Report of the Indian Hemp Drugs Commission, 1894-1895 - Volume VI
Year: 1894
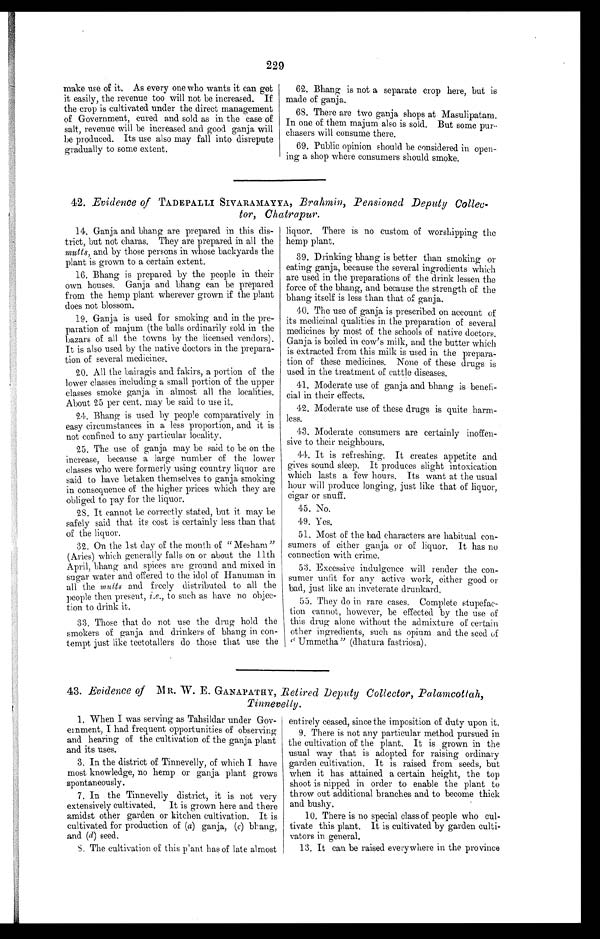
229
make use of it. As every one who wants it can get
it easily, the revenue too will not be increased. If
the crop is cultivated under the direct management
of Government, cured and sold as in the case of
salt, revenue will be increased and good ganja will
be produced. Its use also may fall into disrepute
gradually to some extent.
62. Bhang is not a separate crop here, but is
made of ganja.
68. There are two ganja shops at Masulipatam.
In one of them majum also is sold. But some pun.
chasers will consume there.
69. Public opinion should be considered in open-
ing a shop where consumers should smoke.
42. Evidence of TADEPALLI SIVARAMAYYA, Brahmin, Pensioned Deputy Collec-
tor, Chatrapur.
14. Ganja and bhang are prepared in this dis-
trict, but not charas. They are prepared in all the
mutts, and by those persons in whose backyards the
plant is grown to a certain extent.
16. Bhang is prepared by the people in their
own houses. Ganja and bhang can be prepared
from the hemp plant wherever grown if the plant
does not blossom.
19. Ganja is used for smoking and in the pre-
paration of majum (the balls ordinarily sold in the
bazars of all the towns by the licensed vendors).
It is also used by the native doctors in the prepara-
tion of several medicines.
20. All the bairagis and fakirs, a portion of the
lower classes including a small portion of the upper
classes smoke ganja in almost all the localities.
About 25 per cent. may be said to use it.
24. Bhang is used by people comparatively in
easy circumstances in a less proportion, and it is
not confined to any particular locality.
25. The use of ganja may be said to be on the
increase, because a large number of the lower
classes who were formerly using country liquor are
said to have betaken themselves to ganja smoking
in consequence of the higher prices which they are
obliged to pay for the liquor.
28. It cannot be correctly stated, but it may be
safely said that its cost is certainly less than that
of the liquor.
32. On the 1st day of the month of "Mesham"
(Aries) which generally falls on or about the 11th
April, bhang and spices are ground and mixed in
sugar water and offered to the idol of Hanuman in
all the mutts and freely distributed to all the
people then present, i.e., to such as have no objec-
tion to drink it.
33. Those that do not use the drug hold the
smokers of ganja and drinkers of bhang in con-
tempt just like teetotallers do those that use the
liquor. There is no custom of worshipping the
hemp plant.
39. Drinking bhang is better than smoking or
eating ganja, because the several ingredients which
are used in the preparations of the drink lessen the
force of the bhang, and because the strength of the
bhang itself is less than that of ganja.
40. The use of ganja is prescribed on account of
its medicinal qualities in the preparation of several
medicines by most of the schools of native doctors.
Ganja is boiled in cow's milk, and the butter which
is extracted from this milk is used in the prepara-
tion of these medicines. None of these drugs is
used in the treatment of cattle diseases.
41. Moderate use of ganja and bhang is benefi-
cial in their effects.
42. Moderate use of these drugs is quite harm-
less.
43. Moderate consumers are certainly inoffen-
sive to their neighbours.
44. It is refreshing. It creates appetite and
gives sound sleep. It produces slight intoxication
which lasts a few hours. Its want at the usual
hour will produce longing, just like that of liquor,
cigar or snuff.
45. No.
49. Yes.
51. Most of the bad characters are habitual con-
sumers of either ganja or of liquor. It has no
connection with crime.
53. Excessive indulgence will render the con-
sumer unfit for any active work, either good or
bad, just like an inveterate drunkard.
55. They do in rare cases. Complete stupefac-
tion cannot, however, be effected by the use of
this drug alone without the admixture of certain
other ingredients, such as opium and the seed of
"Ummetha" (dhatura fastriosa).
43. Evidence of M R. W. E. GANAPATHY, Retired Deputy Collector, Palamcottah,
Tinnevelly.
1. When I was serving as Tahsildar under Gov-
ernment, I had frequent opportunities of observing
and hearing of the cultivation of the ganja plant
and its uses.
3. In the district of Tinnevelly, of which I have
most knowledge, no hemp or ganja plant grows
spontaneously.
7. In the Tinnevelly district, it is not very
extensively cultivated. It is grown here and there
amidst other garden or kitchen cultivation. It is
cultivated for production of (a) ganja, (c) bhang,
and (d) seed.
8. The cultivation of this plant has of late almost
entirely ceased, since the imposition of duty upon it.
9. There is not any particular method pursued in
the cultivation of the plant. It is grown in the
usual way that is adopted for raising ordinary
garden cultivation. It is raised from seeds, but
when it has attained a certain height, the top
shoot is nipped in order to enable the plant to
throw out additional branches and to become thick
and bushy.
10. There is no special class of people who cul-
tivate this plant. It is cultivated by garden culti-
vators in general.
13. It can be raised everywhere in the province